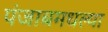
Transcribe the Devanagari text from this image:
पंजाबमधल्या